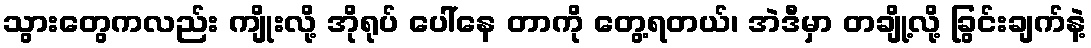
သွားတွေကလည်း ကျိုးလို့ အိုရုပ် ပေါ်နေ တာကို တွေ့ရတယ်၊ အဲဒီမှာ တချို့လို့ ခြွင်းချက်နဲ့